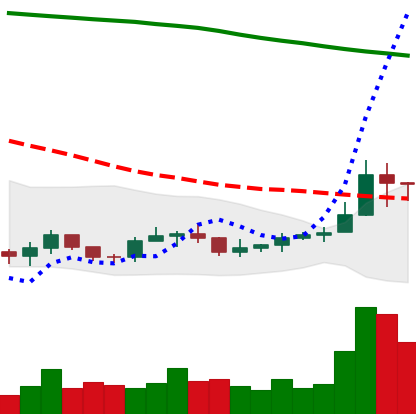
Ticker: ADA-USD
Chart end date: 2019-09-20
Forward return: -24.731%
Label: down_7plus